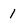
Character: 1